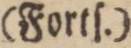
(Fortſ.)